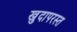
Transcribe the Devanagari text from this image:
खुदापरस्त